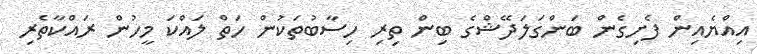
އިއްޔެއިން ފެށިގެން ބަންގަލަދޭޝްގެ ބިން ތިރި ހިސާބުތަކުން ހަތް ލައްކަ މީހުން ރައްކާތެރި